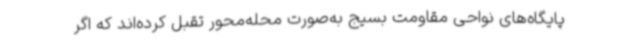
پایگاه‌های نواحی مقاومت بسیج به‌صورت محله‌محور تقبل کرده‌اند که اگر